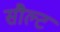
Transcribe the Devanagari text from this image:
सौल्ट